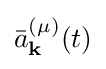
{\bar {a}}_{\mathbf {k} }^{(\mu )}(t)